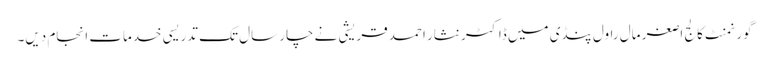
گورنمنٹ کالج اصغر مال راول پنڈی میں ڈاکٹر نثار احمد قریشی نے چار سال تک تدریسی خدمات انجام دیں۔